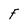
Character: F